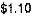
$1.10